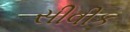
સીવીક